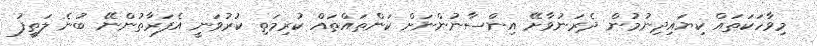
މިވާހަކަތައް ކިޔައިދިނުމުން ދެރަނުވާށޭ އިންސާނުންނަށް ކަންތައްތައް ކުރިމަތި ކުރުވަނީ އެފަރާތުންނޭ ބުނެ ލަތީފު